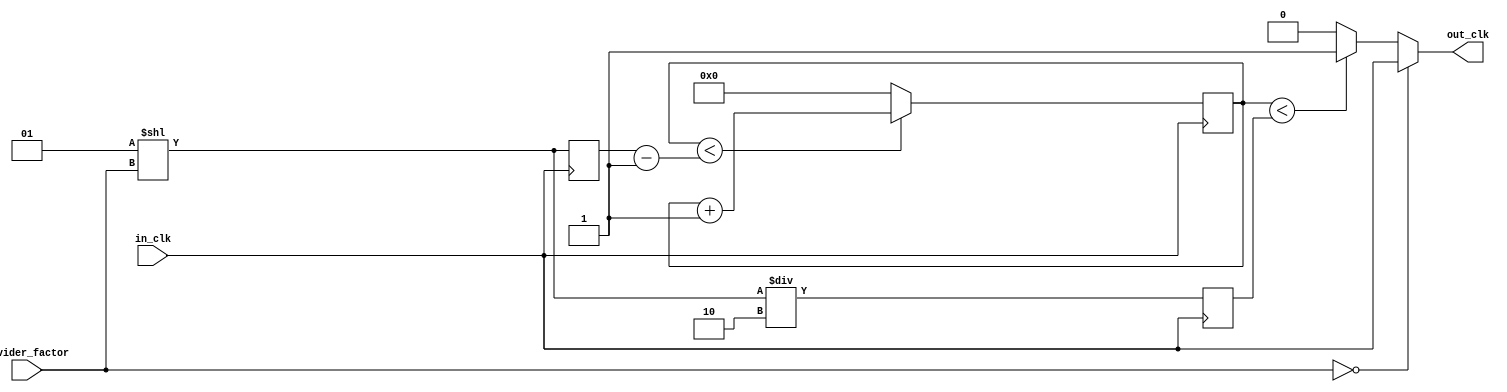
`timescale 1ns / 1ps
//////////////////////////////////////////////////////////////////////////////////
// Company: 
// Engineer: 
// 
// Design Name: 
// Module Name:    divide_clock 
// Project Name: 
// Target Devices: 
// Tool versions: 
// Description: 
//
// Dependencies: 
//
// Revision: 
// Revision 0.01 - File Created
// Additional Comments: 
//
//////////////////////////////////////////////////////////////////////////////////
module divide_clock(
	input in_clk,
	input [15:0] divider_factor,
	output reg out_clk
	);
	

	reg [31:0] m;
	reg [31:0] divider;
	reg [31:0] half_divider;

	initial begin
		m = 0;
		divider = 2;
		half_divider = 1;
	end

	always @(posedge in_clk) begin
		if (m < divider - 1)
			m <= m + 1;
		else   
			m <= 0;
	end

	always @(in_clk) begin
		if (divider_factor == 0)
			out_clk <= in_clk;
		else if (m < half_divider)
			out_clk <= 1;
		else
			out_clk <= 0;
	end
	
	always @(posedge in_clk) begin
		divider = 2**divider_factor;
		half_divider = divider/2;
	end
endmodule